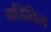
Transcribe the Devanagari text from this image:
वाडिविल